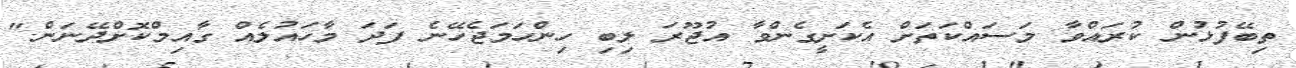
ތިބޭފުޅުން ކުރައްވާ މަސައްކަތަށް އެކަށީގެންވާ އުޖޫރަ ލިބި ހިންހަމަޖެހޭނެ ފަދަ މާހައުލެއް ގާއިމްކޮށްދޭނަން."